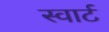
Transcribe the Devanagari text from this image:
स्वार्ट